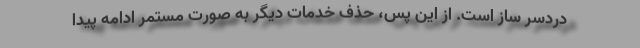
دردسر ساز است. از این پس، حذف خدمات دیگر به صورت مستمر ادامه پیدا